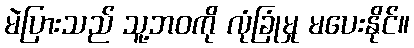
မဲပြားသည် သူ့ဘဝကို လုံခြုံမှု မပေးနိုင်။